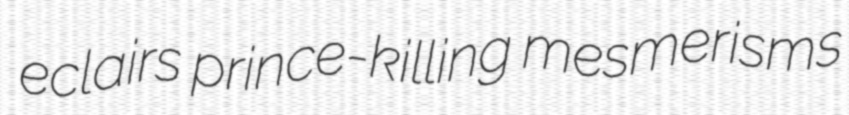
eclairs prince-killing mesmerisms